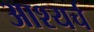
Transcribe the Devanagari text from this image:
आश्यर्च